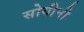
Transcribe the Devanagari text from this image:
सोयीनी